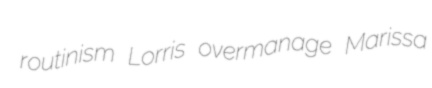
routinism Lorris overmanage Marissa